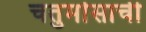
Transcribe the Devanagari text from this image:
चतुर्मासाची